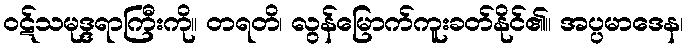
ဝဋ်သမုဒ္ဒရာကြီးကို။ တရတိ၊ လွန်မြောက်ကူးခတ်နိုင်၏။ အပ္ပမာဒေန၊